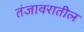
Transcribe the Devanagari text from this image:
तंजावरातील